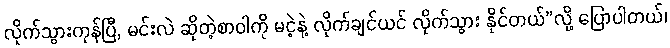
လိုက်သွားကုန်ပြီ, မင်းလဲ ဆိုတဲ့စာဝါကို မငဲ့နဲ့ လိုက်ချင်ယင် လိုက်သွား နိုင်တယ်”လို့ ပြောပါတယ်၊